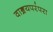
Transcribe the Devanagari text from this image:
वाङ्मयपरंपरा